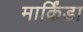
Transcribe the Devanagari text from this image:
मार्किंडा